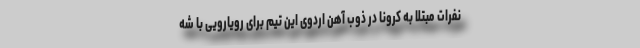
نفرات مبتلا به کرونا در ذوب آهن اردوی این تیم برای رویارویی با شه